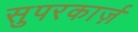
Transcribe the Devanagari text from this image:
सुपरकार्ज़